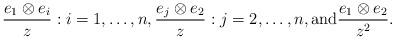
LaTeX: \begin{align*} \frac{e_1 \otimes e_i}{z}: i = 1, \ldots , n, \frac{e_j \otimes e_2}{z}: j = 2, \ldots , n, \hbox{and} \frac{e_1 \otimes e_2}{z^2}. \end{align*}